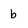
Character: b